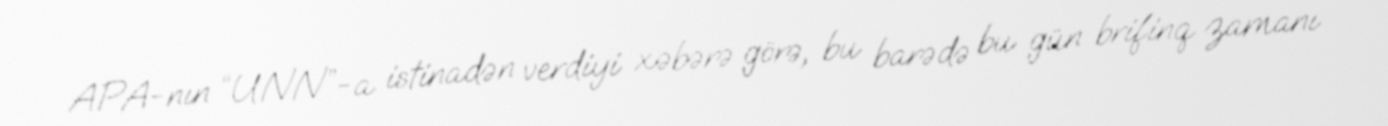
APA-nın “UNN”-a istinadən verdiyi xəbərə görə, bu barədə bu gün brifinq zamanı